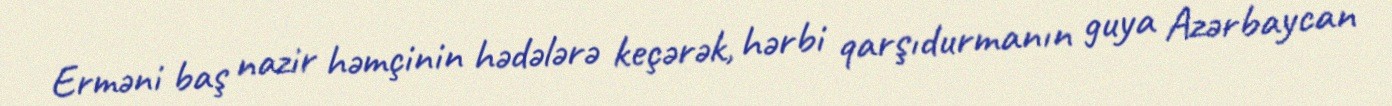
Erməni baş nazir həmçinin hədələrə keçərək, hərbi qarşıdurmanın guya Azərbaycan